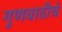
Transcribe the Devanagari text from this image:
गुणवाढीचे